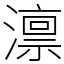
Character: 𪷤